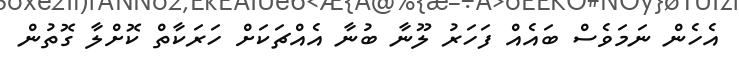
އެހެން ނަމަވެސް ބައެއް ފަހަރު ލޫނާ ބުނާ އެއްޗަކަށް ހަރަކާތް ކޮށްލާ ގޮތުން